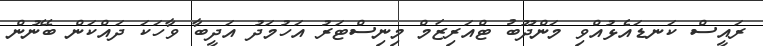
ރައީސް ކަނޑައެޅުއްވި މަންދޫބު ޓްއަރިޒަމް މިނިސްޓަރު އަހުމަދު އަދީބާ ވާހަކަ ދައްކަން ބޭނުން